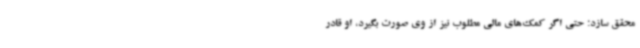
محقق سازد؛ حتی اگر کمک‌های مالی مطلوب نیز از وی صورت بگیرد، او قادر